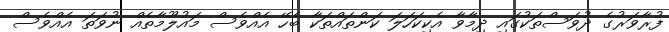
ފުރާވަރުގެ ދުވަސްތަކުގައި ދިމާވާ އެކިކަހަލަ ކަންތައްތަކާ ބެހޭ އެއްވެސް މައުލޫމާތެއް ނުވަތަ އެއްވެސް